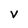
Character: V